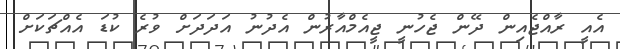
އެއީ ރާއްޖެއިން ދޭން ޖެހުނީ ޖީއެމްއާރުން އެދުނު އަދަދަށް ވުރެ ކުޑަ އެއްޗަކަށް